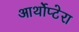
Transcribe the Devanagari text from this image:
आर्थोप्टेरा